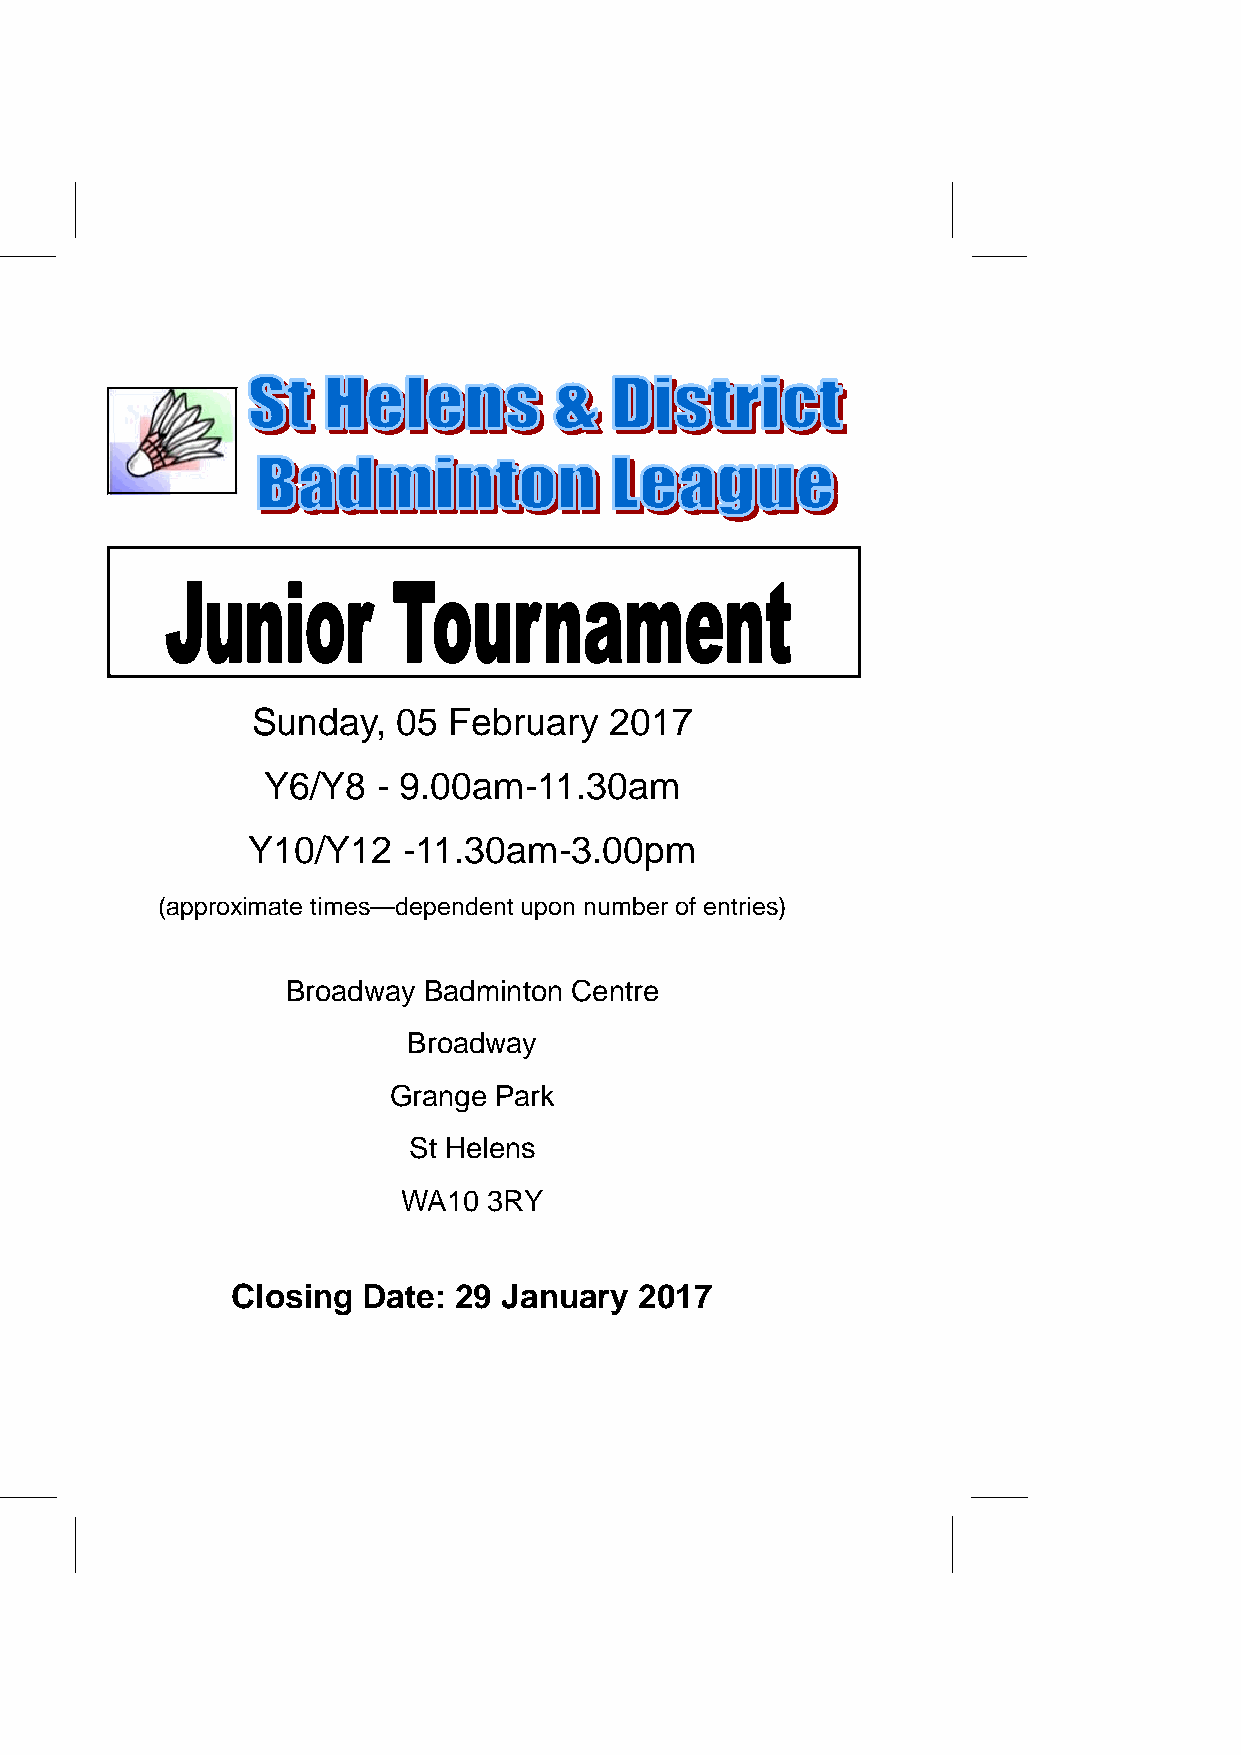
Sunday,  05  February  2017
 Y6/Y8   - 9.00am-11.30am
 Y10/Y12    -11.30am-3.00pm
 (approximate times—dependent upon number of entries)
 Broadway Badminton Centre
 Broadway
 Grange Park
 St Helens
 WA10 3RY
 Closing  Date: 29 January  2017